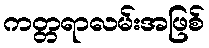
ကတ္တရာလမ်းအဖြစ်